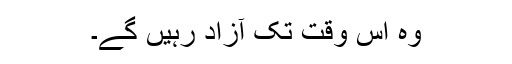
وہ اُس وقت تک آزاد رہیں گے۔